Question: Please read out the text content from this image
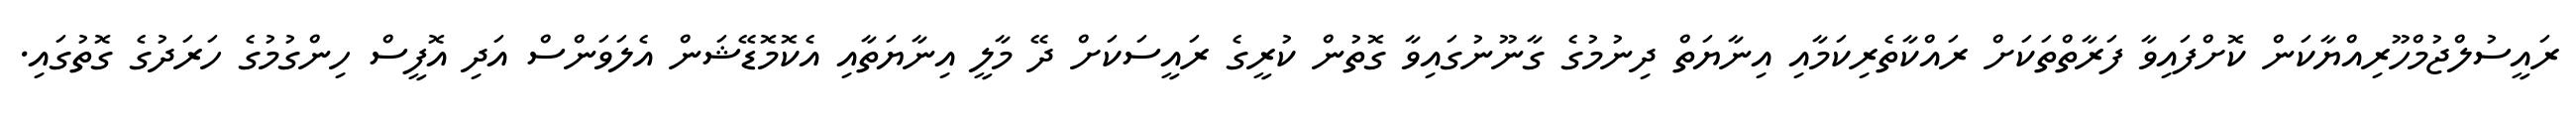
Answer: ރައީސުލްޖުމްހޫރިއްޔާކަން ކޮށްފައިވާ ފަރާތްތަކަށް ރައްކާތެރިކަމާއި އިނާޔަތް ދިނުމުގެ ގާނޫނުގައިވާ ގޮތުން ކުރީގެ ރައީސަކަށް ދޭ މާލީ އިނާޔަތާއި އެކޮމޮޑޭޝަން އެލަވަންސް އަދި އޮފީސް ހިންގުމުގެ ހަރަދުގެ ގޮތުގައި.